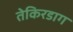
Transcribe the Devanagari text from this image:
तेकिरडाग